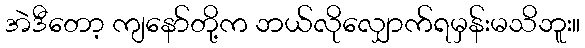
အဲဒီတော့ ကျနော်တို့က ဘယ်လိုလျှောက်ရမှန်းမသိဘူး။